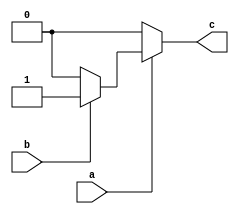
module nested_if_else (
    input wire a,
    input wire b,
    output reg c
);

always @ (*)
begin
    if (a == 1)
    begin
        if (b == 1)
        begin
            c <= 1;
        end
        else
        begin
            c <= 0;
        end
    end
    else
    begin
        c <= 0;
    end
end

endmodule